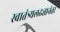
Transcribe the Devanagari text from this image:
स्वातंत्र्यलढ्यानंतर